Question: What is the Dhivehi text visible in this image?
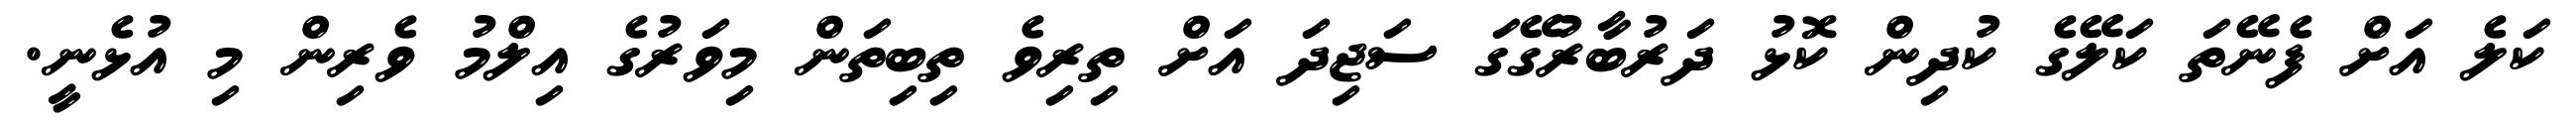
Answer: ކަލެ އަށް ފެނޭތަ ކަލޭގެ ކުދިން ކޮޅު ދަރުބާރުގޭގަ ސަޖިދަ އަށް ތިރިވެ ތިބިތަން މިވަރުގެ އިލްމު ވެރިން މި އުޅެނީ.